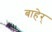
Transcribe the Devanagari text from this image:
बाहेर्